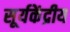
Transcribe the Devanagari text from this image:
सूर्यकेंद्रीय